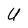
Character: U